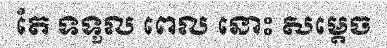
តែ ទទួល ពេល នោះ សម្តេច